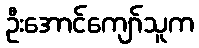
ဦးအောင်ကျော်သူက